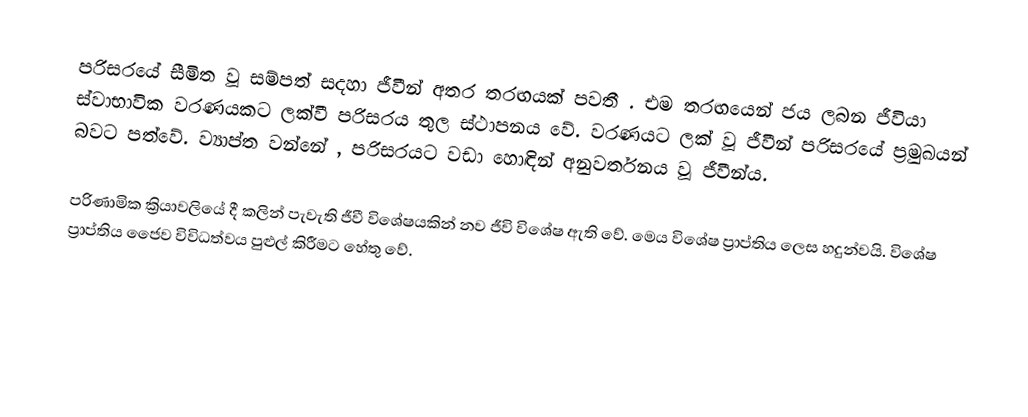
පරිසරයේ සීමිත වූ සම්පත් සදහා ජීවීන් අතර තරඟයක් පවතී . එම තරඟයෙන් ජය ලබන ජීවියා ස්වාභාවික වරණයකට ලක්වී පරිසරය තුල ස්ථාපනය වේ. වරණයට ලක් වූ ජීවීන් පරිසරයේ ප්‍රමුඛයන් බවට පත්වේ. ව්‍යාප්ත වන්නේ , පරිසරයට වඩා හොඳින් අනුවර්තනය වූ ජීවීන්ය.

පරිණාමික ක්‍රියාවලියේ දී කලින් පැවැති ජීවී විශේෂයකින් නව ජීවි විශේෂ ඇති වේ. මෙය විශේෂ ප්‍රාප්තිය ලෙස හදුන්වයි. විශේෂ ප්‍රාප්තිය ජෛව විවිධත්වය පුළුල් කිරීමට හේතු වේ.